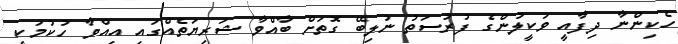
ހެކިންނާ ދިފާއީ ވަކީލުންގެ ފުރުސަތު ނުލިބޭ ގޮތަށް ބާއްވާ ޝަރިޔަތެއްގައި އިއްވާ ހުކުމަކީ